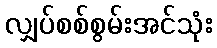
လျှပ်စစ်စွမ်းအင်သုံး